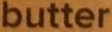
butter